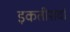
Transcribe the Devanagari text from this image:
इकतीसवां